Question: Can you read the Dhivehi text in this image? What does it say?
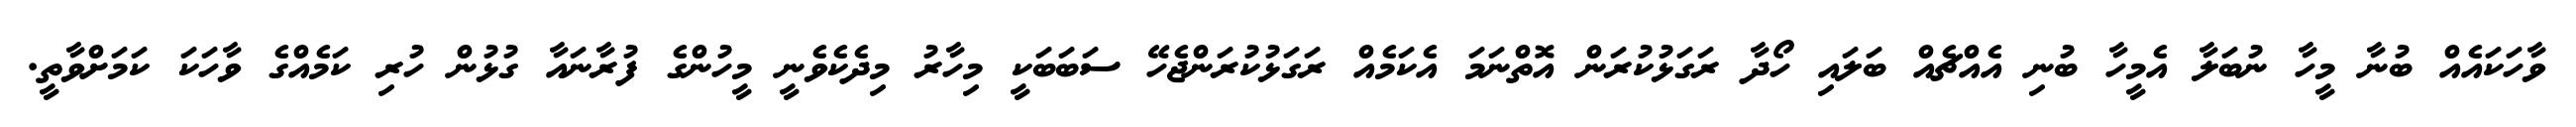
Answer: ވާހަކައެއް ބުނާ މީހާ ނުބަލާ އެމީހާ ބުނި އެއްޗެއް ބަލައި ހޯދާ ރަގަޅުކުރަން އޮތްނަމަ އެކަމެއް ރަގަޅުކުރަންޖެހޭ ސަބަބަކީ މިހާރު މިދެކެވެނީ މީހުންގެ ފުރާނައާ ގުޅުން ހުރި ކަމެއްގެ ވާހަކަ ކަމަށްވާތީ.